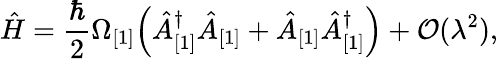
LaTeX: \hat{H}=\frac{\hbar}{2}\Omega_{[1]}\Bigl(\hat{A}_{[1]}^{\dagger}\hat{A}_{[1]}+\hat{A}_{[1]}\hat{A}_{[1]}^{\dagger}\Bigr)+{\cal O}(\lambda^{2}),